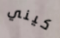
كيني